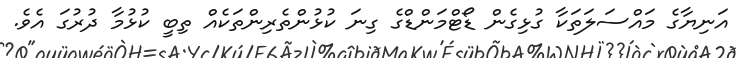
އަނިޔާގެ މައްސަލަތަކާ ގުޅިގެން ޑޯޓްމަންޑްގެ ގިނަ ކުޅުންތެރިންތަކެއް ތިބީ ކުޅުމާ ދުރުގަ އެވެ.